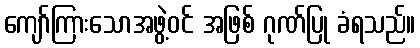
ကျော်ကြားသောအဖွဲ့ဝင် အဖြစ် ဂုဏ်ပြု ခံရသည်။